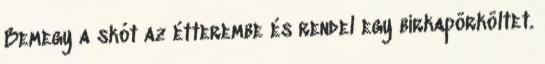
Bemegy a skót az étterembe és rendel egy birkapörköltet.